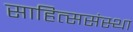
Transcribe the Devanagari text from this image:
साहित्ससंस्था